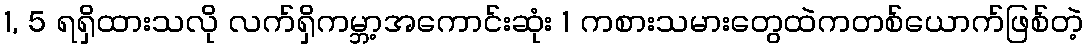
1, 5 ရရှိထားသလို လက်ရှိကမ္ဘာ့အကောင်းဆုံး 1 ကစားသမားတွေထဲကတစ်ယောက်ဖြစ်တဲ့